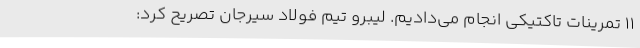
11 تمرینات تاکتیکی انجام می‌دادیم. لیبرو تیم فولاد سیرجان تصریح کرد: